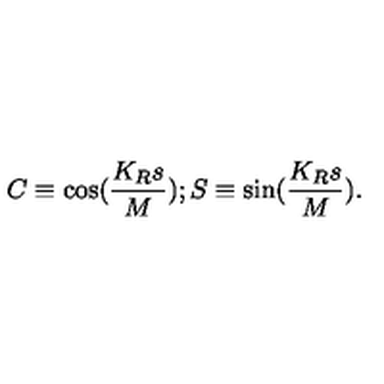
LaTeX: C \equiv \cos ( \frac { K _ { R } s } { M } ) ; S \equiv \sin ( \frac { K _ { R } s } { M } ) .